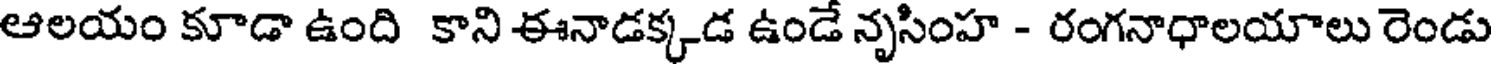
ఆలయం కూడా ఉంది కాని ఈనాడక్కడ ఉండే నృసింహ - రంగనాధాలయాలు రెండు